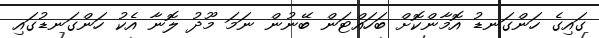
ގައިގެ ހަންގަނޑު އޮމާންކޮށް ބަހައްޓަން ބޭނުން ނަމަ މޫދު ލޮނާ އެކު ހަންގަނޑުގައި